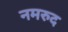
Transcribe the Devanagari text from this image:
नमरुद